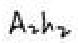
$A_{2}h_{2}$